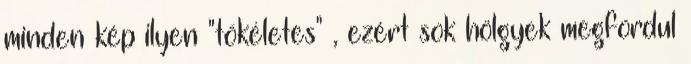
minden kép ilyen "tökéletes" , ezért sok hölgyek megfordul